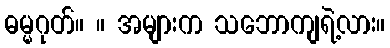
ဓမ္မဂုတ်။ ။ အများက သဘောကျရဲ့လား။